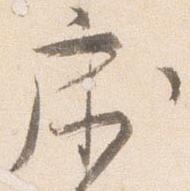
床